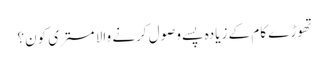
تھوڑے کام کے زیادہ پسے وصول کرنے والا مستری کون؟